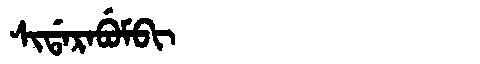
Manchu: ᠰᡳᡩᠠᡵᠠᠪᡠᠮᠪᡳ
Romanization: SIDARABUMBI